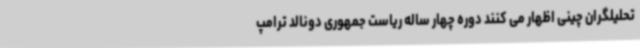
تحلیلگران چینی اظهار می کنند دوره چهار ساله ریاست جمهوری دونالد ترامپ